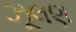
ઝૂલણ